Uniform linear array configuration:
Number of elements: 16
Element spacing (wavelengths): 0.25
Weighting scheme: hann
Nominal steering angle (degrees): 0
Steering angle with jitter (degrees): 1.238
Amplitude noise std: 0.05
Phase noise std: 0.05

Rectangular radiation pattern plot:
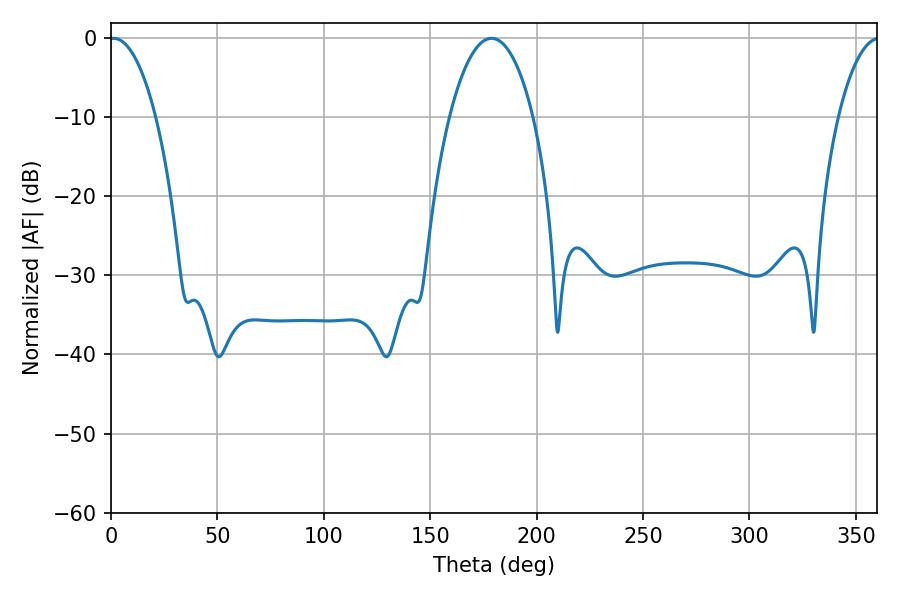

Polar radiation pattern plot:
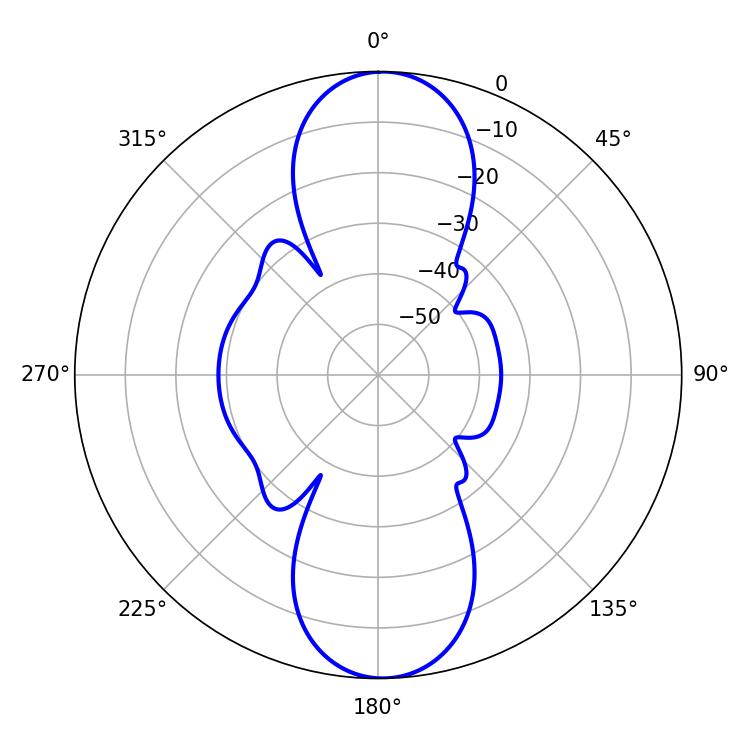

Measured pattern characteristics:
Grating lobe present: FALSE
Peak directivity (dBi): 20.844
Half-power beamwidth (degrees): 12.24
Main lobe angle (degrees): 1.26